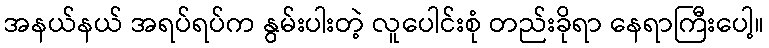
အနယ်နယ် အရပ်ရပ်က နွမ်းပါးတဲ့ လူပေါင်းစုံ တည်းခိုရာ နေရာကြီးပေါ့။